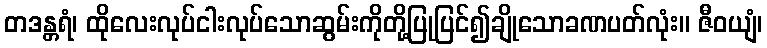
တဒန္တရံ၊ ထိုလေးလုပ်ငါးလုပ်သောဆွမ်းကိုတို့ပြုပြင်၍ချိုသောခဏပတ်လုံး။ ဇီဝယျံ၊